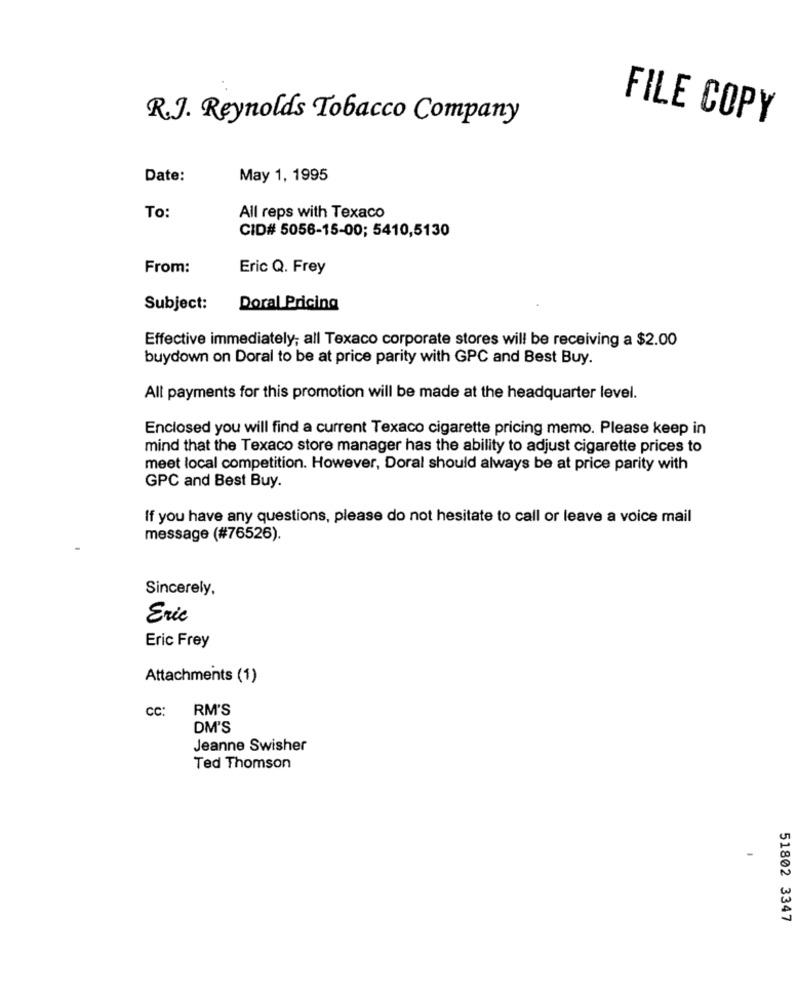
R.J. Reynolds Tobacco Company
FILE COPY
Date:
May 1, 1995
To:
All reps with Texaco
CID# 5056-15-00; 5410,5130
From:
Eric Q. Frey
Subject:
Doral Pricing
Effective immediately; all Texaco corporate stores will be receiving a $2.00
buydown on Doral to be at price parity with GPC and Best Buy.
All payments for this promotion will be made at the headquarter level.
Enclosed you will find a current Texaco cigarette pricing memo. Please keep in
mind that the Texaco store manager has the ability to adjust cigarette prices to
meet local competition. However, Doral should always be at price parity with
GPC and Best Buy.
If you have any questions, please do not hesitate to call or leave a voice mail
message (#76526).
Sincerely.
Eric
Eric Frey
Attachments (1)
cc:
RM'S
DM'S
Jeanne Swisher
Ted Thomson
51802 3347